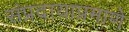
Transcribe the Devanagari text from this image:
संप्रदायाप्रमाणे